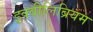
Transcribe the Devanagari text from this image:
इक्वीलिब्रियम